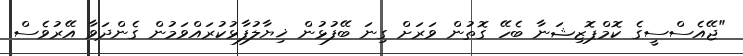
"ޖޭއެސްސީގެ ކޮމްޕޮޒިޝަނާ ބެހޭ ގޮތުން ވަރަށް ގިނަ ބޭފުޅުން ޚިޔާލުފާޅުކުރައްވަމުން ގެންދަވާ އޭރުވެސް